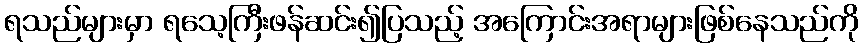
ရသည်များမှာ ရသေ့ကြီးဖန်ဆင်း၍ပြသည့် အကြောင်းအရာများဖြစ်နေသည်ကို